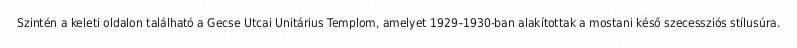
Szintén a keleti oldalon található a Gecse Utcai Unitárius Templom, amelyet 1929–1930-ban alakítottak a mostani késő szecessziós stílusúra.